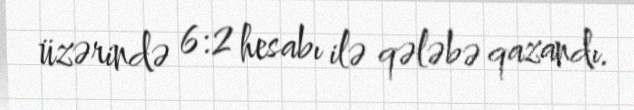
üzərində 6:2 hesabı ilə qələbə qazandı.